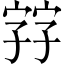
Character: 𡦂